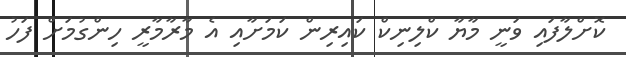
ކޮށްލާފައި ވަނީ މާޔާ ކްލިނިކް ކައިރިން ކަމަށާއި އެ މާރާމާރީ ހިންގުމަށް ފަހު